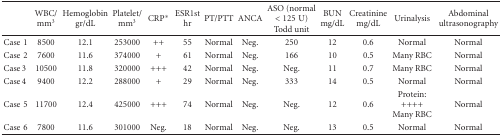
<table><thead><tr><td></td><td><b>WBC/mm<sup>3</sup></b></td><td><b>Hemoglobin gr/dL</b></td><td><b>Platelet/mm<sup>3</sup></b></td><td><b>CRP*</b></td><td><b>ESR1st hr</b></td><td><b>PT/PTT</b></td><td><b>ANCA</b></td><td><b>ASO (normal &lt;125 U) Todd unit</b></td><td><b>BUN mg/dL</b></td><td><b>Creatinine mg/dL</b></td><td><b>Urinalysis</b></td><td><b>Abdominal ultrasonography</b></td></tr></thead><tbody><tr><td>Case 1</td><td>8500</td><td>12.1</td><td>253000</td><td>++</td><td>55</td><td>Normal</td><td>Neg.</td><td>250</td><td>12</td><td>0.6</td><td>Normal</td><td>Normal</td></tr><tr><td>Case 2</td><td>7600</td><td>11.6</td><td>374000</td><td>+</td><td>61</td><td>Normal</td><td>Neg.</td><td>166</td><td>10</td><td>0.5</td><td>Many RBC</td><td>Normal</td></tr><tr><td>Case 3</td><td>10500</td><td>11.8</td><td>320000</td><td>+++</td><td>42</td><td>Normal</td><td>Neg.</td><td>Neg.</td><td>11</td><td>0.7</td><td>Many RBC</td><td>Normal</td></tr><tr><td>Case 4</td><td>9400</td><td>12.2</td><td>288000</td><td>+</td><td>29</td><td>Normal</td><td>Neg.</td><td>333</td><td>14</td><td>0.5</td><td>Normal</td><td>Normal</td></tr><tr><td>Case 5</td><td>11700</td><td>12.4</td><td>425000</td><td>+++</td><td>74</td><td>Normal</td><td>Neg.</td><td>Neg.</td><td>12</td><td>0.6</td><td>Protein: ++++ Many RBC</td><td>Normal</td></tr><tr><td>Case 6</td><td>7800</td><td>11.6</td><td>301000</td><td>Neg.</td><td>18</td><td>Normal</td><td>Neg.</td><td>Neg.</td><td>13</td><td>0.5</td><td>Normal</td><td>Normal</td></tr></tbody></table>